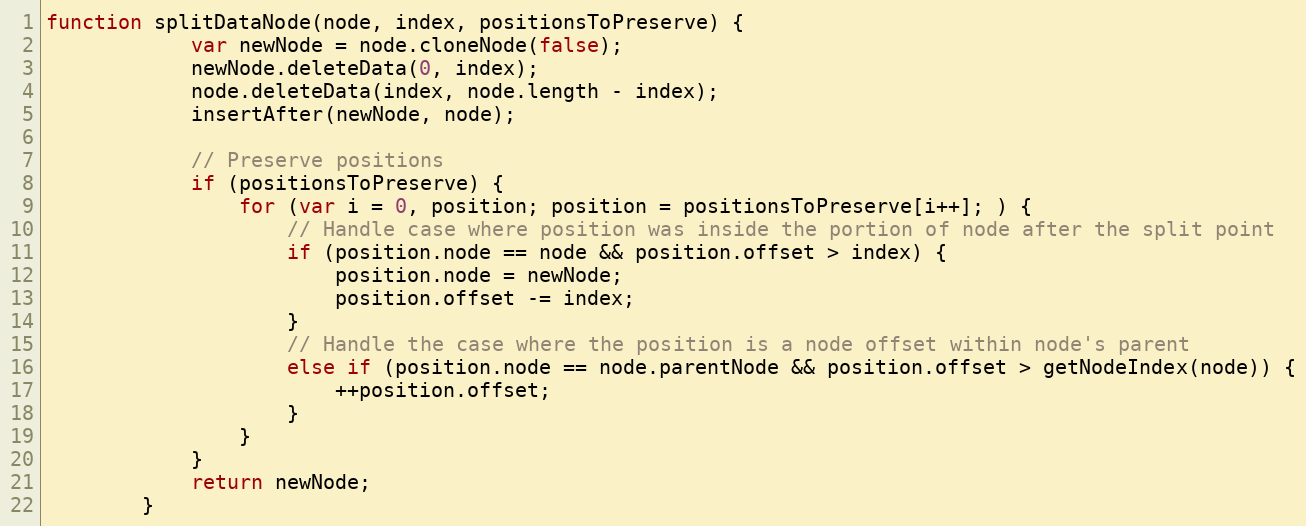
Language: JavaScript
function splitDataNode(node, index, positionsToPreserve) {
            var newNode = node.cloneNode(false);
            newNode.deleteData(0, index);
            node.deleteData(index, node.length - index);
            insertAfter(newNode, node);

            // Preserve positions
            if (positionsToPreserve) {
                for (var i = 0, position; position = positionsToPreserve[i++]; ) {
                    // Handle case where position was inside the portion of node after the split point
                    if (position.node == node && position.offset > index) {
                        position.node = newNode;
                        position.offset -= index;
                    }
                    // Handle the case where the position is a node offset within node's parent
                    else if (position.node == node.parentNode && position.offset > getNodeIndex(node)) {
                        ++position.offset;
                    }
                }
            }
            return newNode;
        }